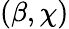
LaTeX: (\beta,\chi)